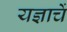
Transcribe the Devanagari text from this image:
यज्ञाचें